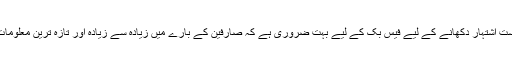
یعنی صارفین کو بالکل درست اشتہار دکھانے کے لیے فیس بک کے لیے بہت ضروری ہے کہ صارفین کے بارے میں زیادہ سے زیادہ اور تازہ ترین معلومات اس کے پاس موجود ہوں۔